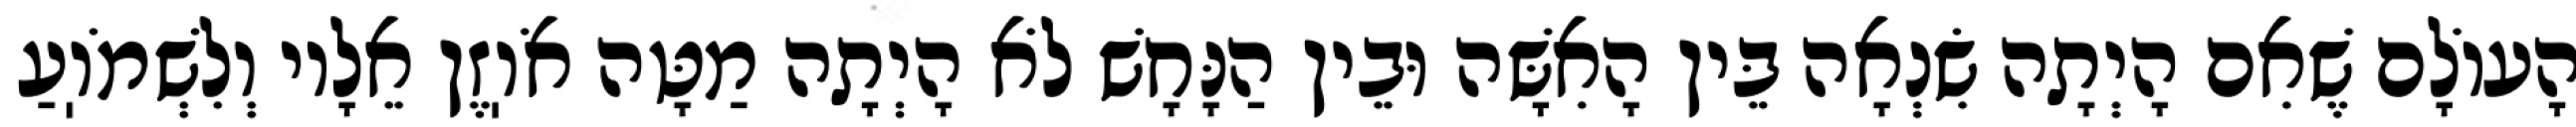
הָעוֹלָם שֶׁאִם הָיְתָה שִׂנְאָה בֵּין הָאִשָּׁה וּבֵין הַנָּחָשׁ לֹא הָיְתָה מַטָּה אֹוֽזֶן אֵלָיו וְלִשְׁמֹוֽעַ